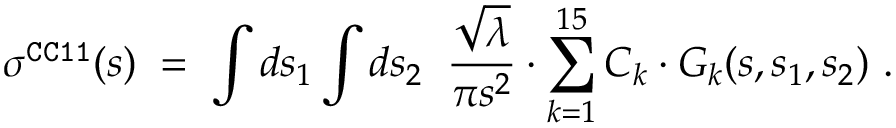
\sigma ^ { \tt C C 1 1 } ( s ) \; = \; \int d s _ { 1 } \int d s _ { 2 } \; \; \frac { \sqrt { \lambda } } { \pi s ^ { 2 } } \cdot \sum _ { k = 1 } ^ { 1 5 } { \cal C } _ { k } \cdot { \cal G } _ { k } ( s , s _ { 1 } , s _ { 2 } ) ~ .